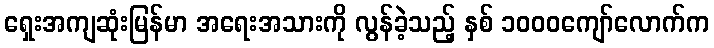
ရှေးအကျဆုံးမြန်မာ အရေးအသားကို လွန်ခဲ့သည့် နှစ် ၁၀၀၀ကျော်လောက်က